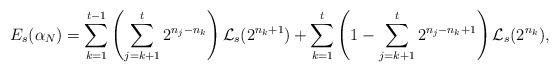
LaTeX: \begin{align*}E_{s}(\alpha_{N})=\sum_{k=1}^{t-1}\left(\sum_{j=k+1}^{t} 2^{n_{j}-n_{k}}\right)\mathcal{L}_{s}(2^{n_{k}+1})+\sum_{k=1}^{t}\left(1-\sum_{j=k+1}^{t} 2^{n_{j}-n_{k}+1}\right)\mathcal{L}_{s}(2^{n_{k}}),\end{align*}